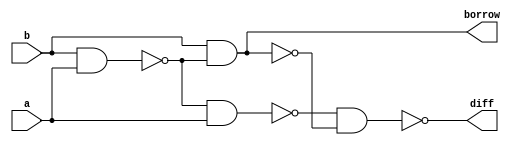
module hs_nand(a,b,diff,borrow);
  input a,b;
  output diff,borrow;
  wire w1,w2,w3;

	
  assign w1  = ~(b&a);  
  assign w2  = ~(w1&a);
  assign w3  = ~(b&w1);
  assign diff = ~(w2&w3);
  assign borrow = ~(w3&w3);
endmodule